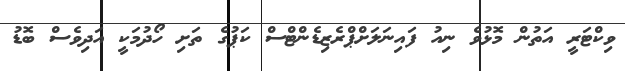
ވިކްޓަރީ އަތުން މޮޅުވެ ނިއު ފައިނަލަށްޕްރެޒިޑެންޓްސް ކަޕުގެ ތަށި ހޯދުމަކީ އަދިވެސް ބޮޑު